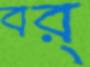
বর্